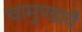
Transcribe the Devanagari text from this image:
चामुण्डायै